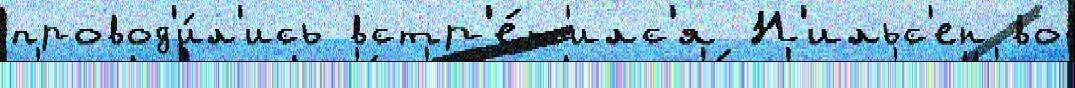
провод'и́л'ись встр'е́т'илс'я Н'ильс'ен во